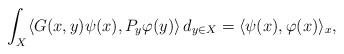
LaTeX: \begin{align*}\int_X\langle G(x,y)\psi(x),P_y\varphi(y)\rangle\, d_{y\in X}=\langle \psi(x),\varphi(x)\rangle_x,\end{align*}